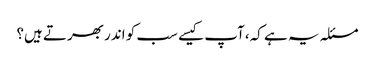
مسئلہ یہ ہے کہ، آپ کیسے سب کو اندر بھرتے ہیں؟